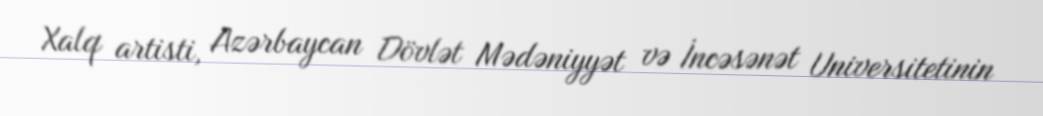
Xalq artisti, Azərbaycan Dövlət Mədəniyyət və İncəsənət Universitetinin